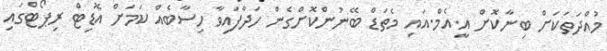
މުއްދަތަކަށް ބިނާކޮށް އީ.އެމް.އައި މެތަޑް ބޭނުންކޮށްގެން ހަދާފައިވާ ހިސާބެއް ކަމަށް އޮޑިޓް ރިޕޯޓްގައި